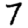
Digit: 7